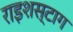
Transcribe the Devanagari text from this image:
राइशस्टाग